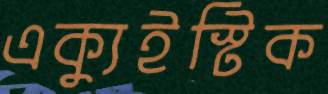
এক্যুইস্টিক